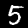
Digit: 5